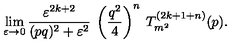
\lim _ { \varepsilon \rightarrow 0 } \frac { \varepsilon ^ { 2 k + 2 } } { ( p q ) ^ { 2 } + \varepsilon ^ { 2 } } \: \left( \frac { q ^ { 2 } } { 4 } \right) ^ { n } \: T _ { m ^ { 2 } } ^ { ( 2 k + 1 + n ) } ( p ) .